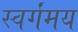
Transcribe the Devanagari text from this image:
स्वर्गंमय